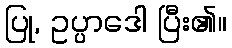
ပြု, ဥပ္ပာဒေါ ပြီး၏။